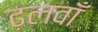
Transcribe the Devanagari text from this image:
ढ़लवाँ